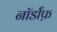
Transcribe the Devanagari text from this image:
नॉर्डॉफ़